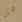
هل